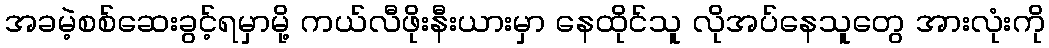
အခမဲ့စစ်ဆေးခွင့်ရမှာမို့ ကယ်လီဖိုးနီးယားမှာ နေထိုင်သူ လိုအပ်နေသူတွေ အားလုံးကို